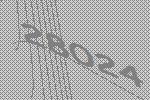
28024